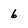
Character: 6